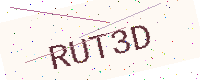
Text: RUT3D